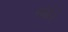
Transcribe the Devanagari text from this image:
संथेने